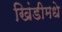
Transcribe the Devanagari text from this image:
खिंडीमधे